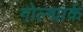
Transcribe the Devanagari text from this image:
गोल्द्मार्क